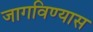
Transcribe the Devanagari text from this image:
जागविण्यास